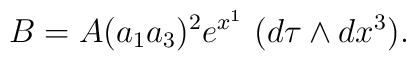
B=A(a_1a_3)^2e^{x^1}\,\,(d\tau \wedge dx^3).